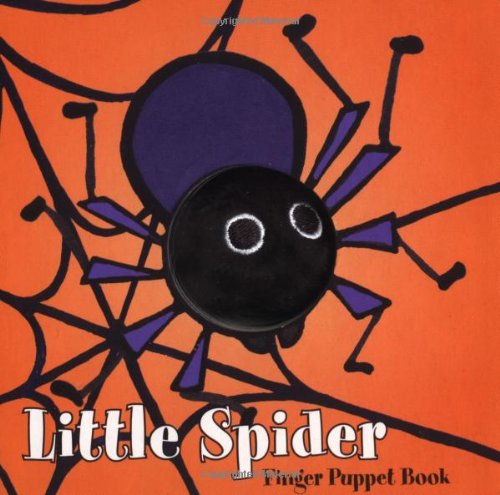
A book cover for Little Spider (Finger Puppet Book); Chronicle Books; Children's Books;